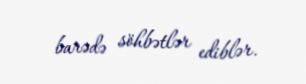
barədə söhbətlər ediblər.